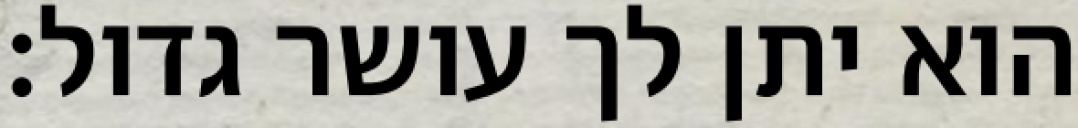
הוא יתן לך עושר גדול: